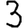
Digit: 3